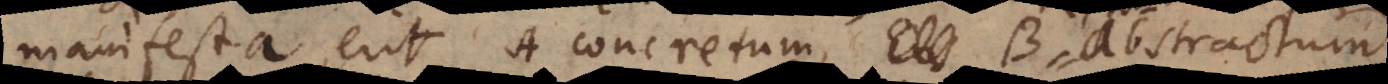
manifesta, erit A concretum, Ens abstractum.